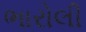
ભારોલી